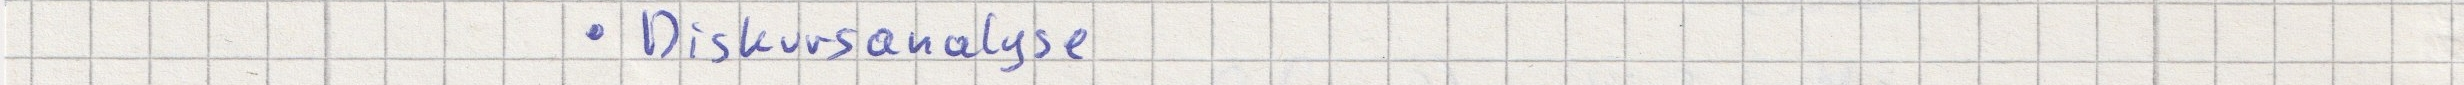
- Diskursanalyse